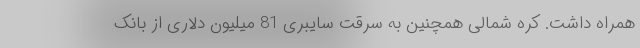
همراه داشت. کره شمالی همچنین به سرقت سایبری 81 میلیون دلاری از بانک